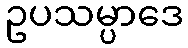
ဥပသမ္ပာဒေ